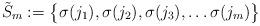
LaTeX: \begin{align*} \tilde{S}_m := \big\{\sigma(j_1),\sigma(j_2),\sigma(j_3), \ldots \sigma(j_m) \big\} \end{align*}